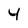
Character: 4